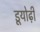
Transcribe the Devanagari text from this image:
डूयोढ़ी